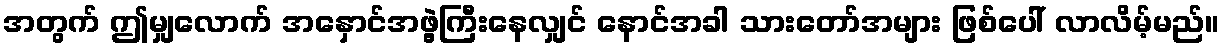
အတွက် ဤမျှလောက် အနှောင်အဖွဲ့ကြီးနေလျှင် နောင်အခါ သားတော်အများ ဖြစ်ပေါ် လာလိမ့်မည်။